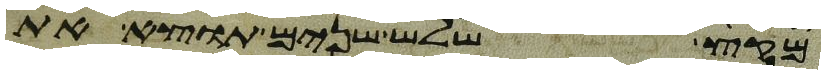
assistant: מקץ שלש שנים תוצא את